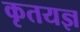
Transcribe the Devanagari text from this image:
कृतयज्ञ